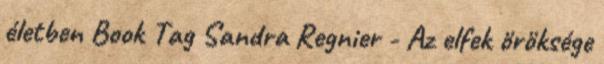
életben Book Tag Sandra Regnier - Az elfek öröksége